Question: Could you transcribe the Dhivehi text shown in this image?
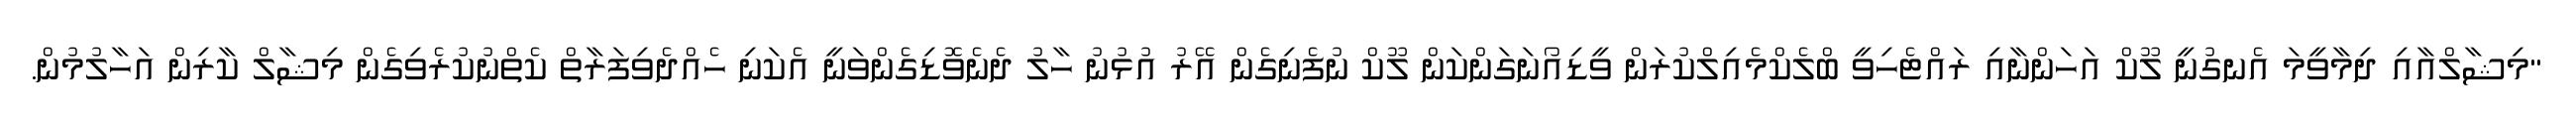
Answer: "މިޝާލްއާއި ދިމާވީމަ އެނގުނީ ލޫކް އަހަންނާއި ރައްޓެހިވީ ބްލެކްމެއިލްކުރަން ވީޑިއޯނަގަންކަން ލޫކް ނުފެނިގެން އޭރު އުޅުނު ހާލު ދެނެވޮޑިގެންވަނީ އެކަނި ހެއްދެވިފަރާތް ކެތްނުކުރެވިގެން މިޝާލް ކާރިން އަހާލުމުން.